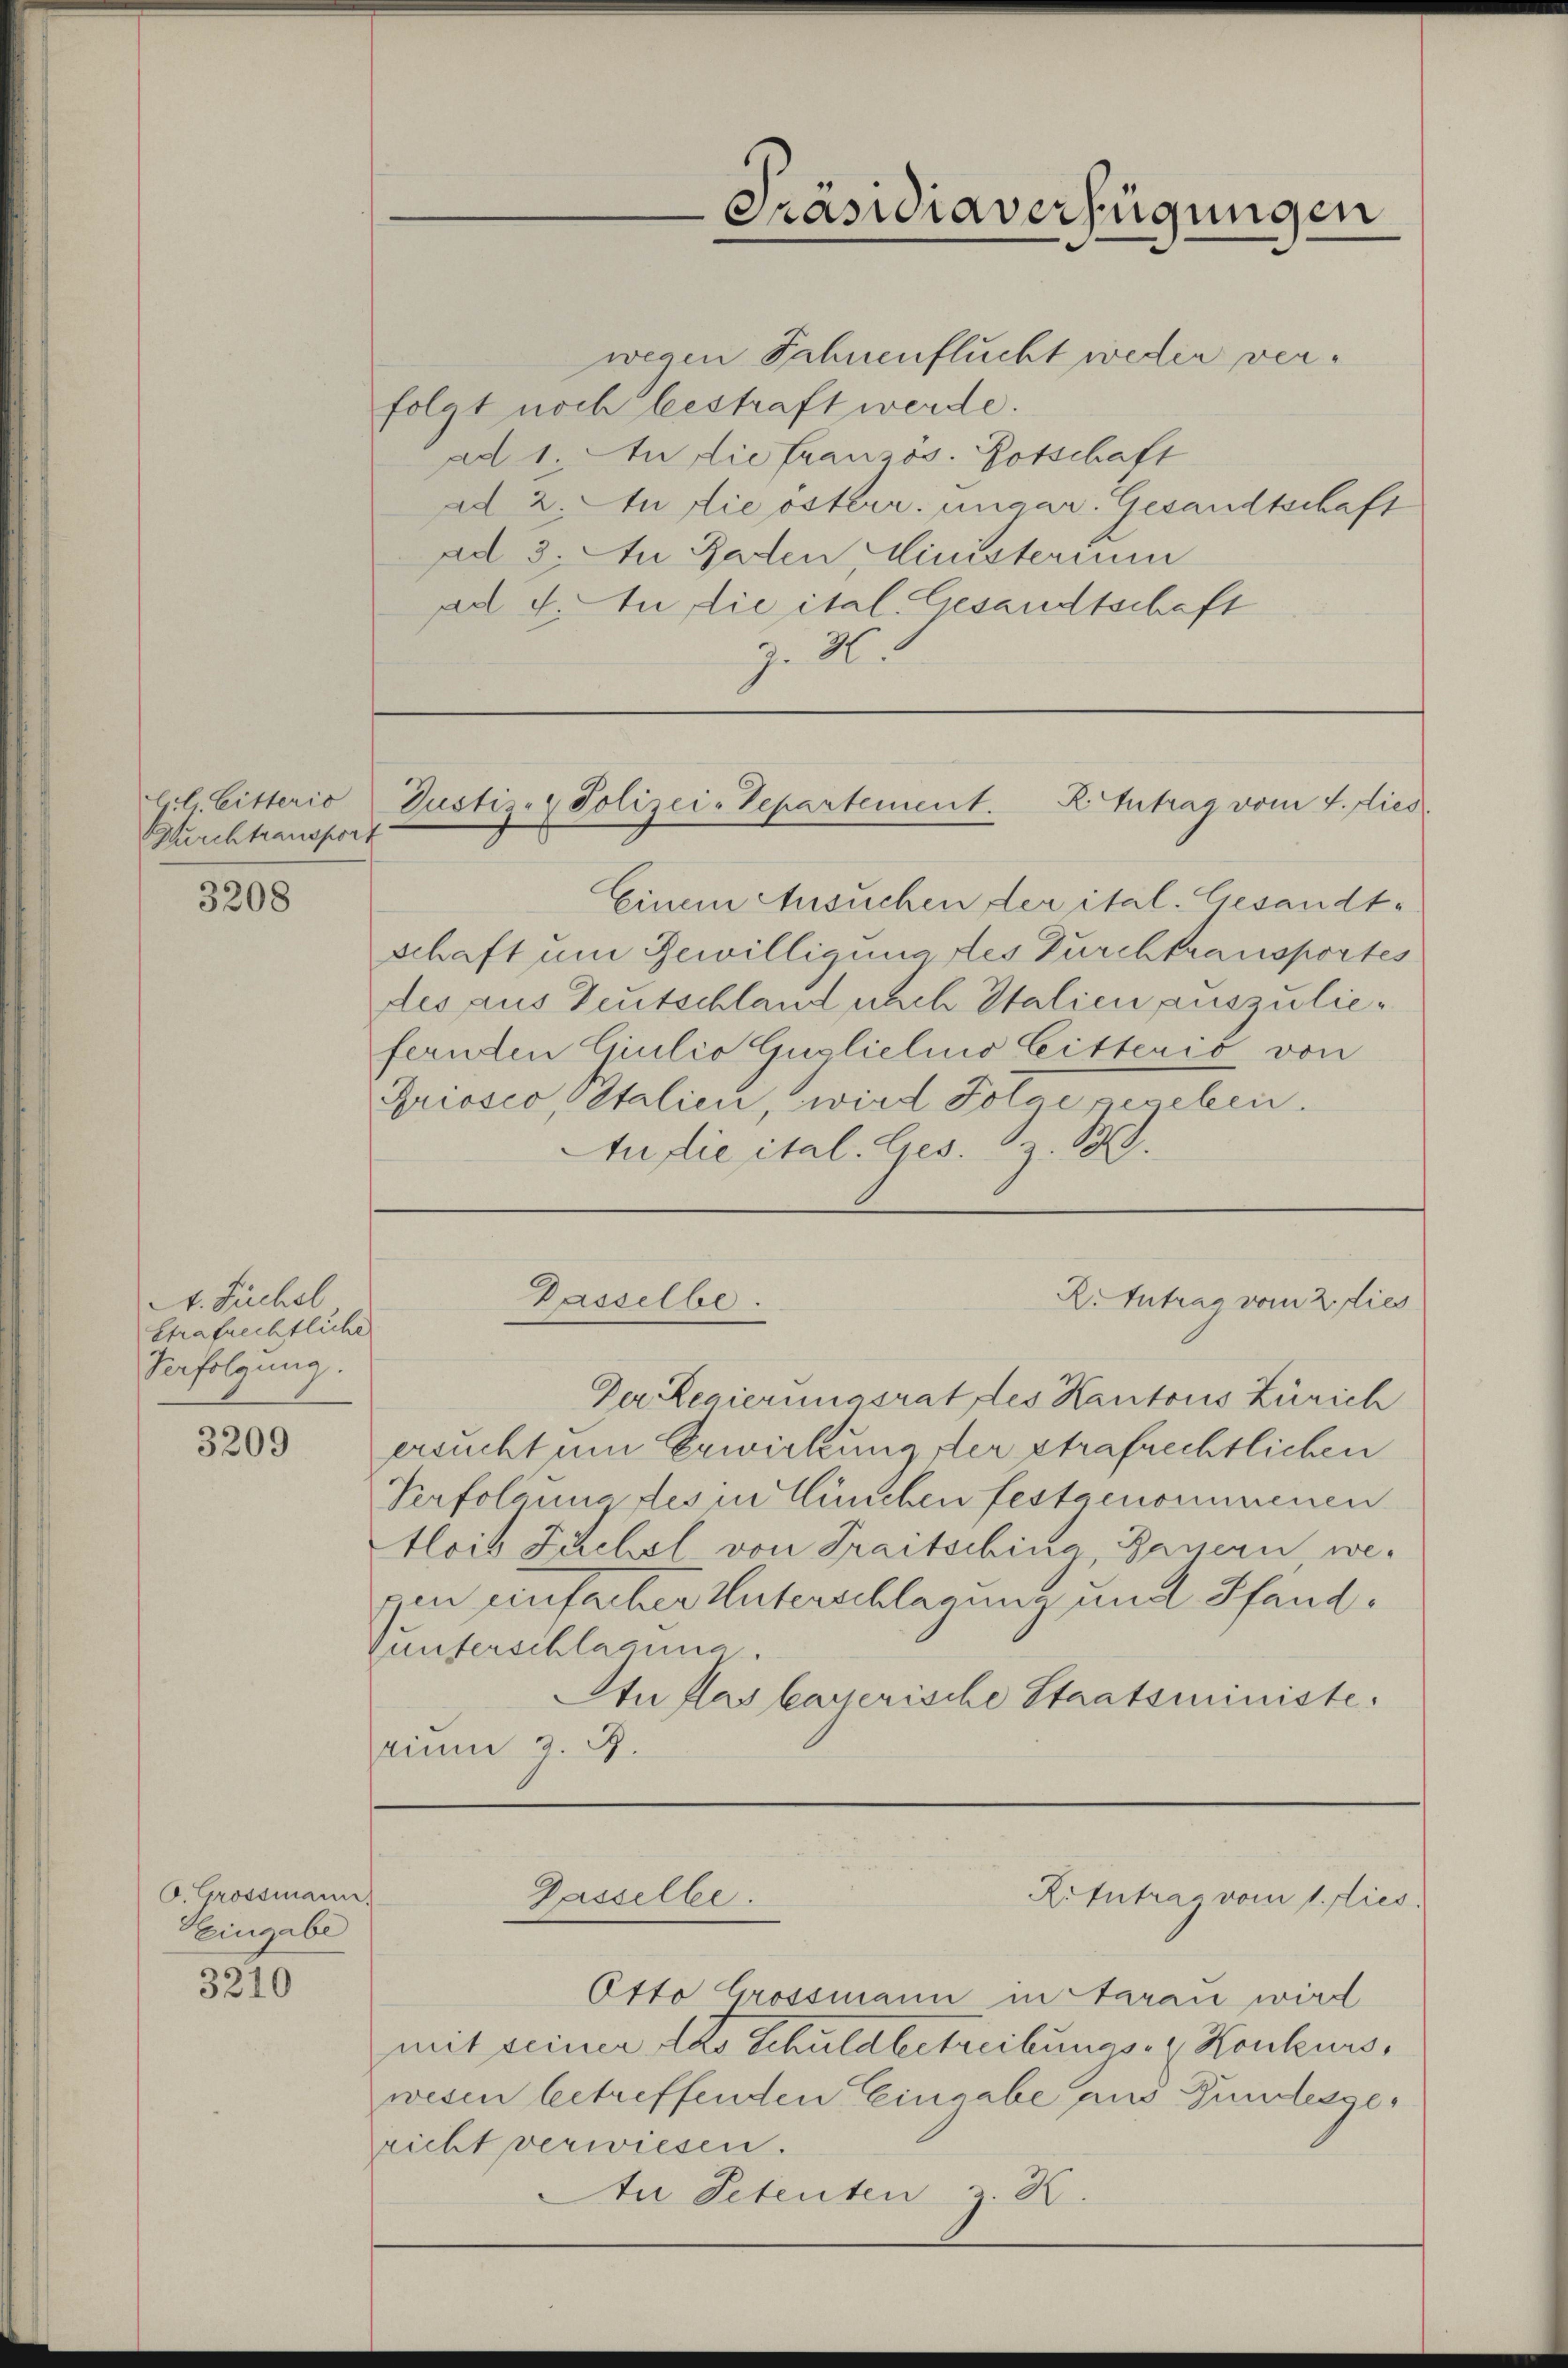
ll Litterio
Grchtransport

3208

A. Sichel
Strafrechtliche
Verfolgung.

3209

O. Grossmann.
Hingabe
3210

wegen Fahnenflucht weder verfolgt noch bestraft werde.
ad 1. An die französ. Botschaft
ad 2. An die österr. ungar. Gesandtschaft
ad 3. Au Baden Ministerium
ad 4. An die ital. Gesandtschaft
z. 4

Präsidiaverfügungen

Justiz- & Polizei-Separtement. R. Antrag vom 4. dies

Dasselbe.

Gasselbe.

R. Antrag vom 2. dies

RiIntrag vom 1. dies

Einem Ansuchen der ital. Gesandtschaft um Bewilligung des Durchtransportes
des aus Deutschland nach Italien auszuliefernden Giulio Guslielino Litterio von
Griosco, Italien, wird Folge gegeben.
Audie ital. Ges. S. 19.

Der Regierungsrat des Kantons Zürich
ersucht um Erwirkung der Strafrechtlichen
Verfolgung des in München festgenommenen
tlois Tuchel von Traitschina Bauern, wepen einfacher Unterschlagung und Pfand,
Vunterschlagung
An das kayserische Staatsministe.
tium z. B.

Otto Grossmann in darau wird
mit seiner das Schuldbetreibungs- & Konkurs,
wesen betreffenden Eingabe aus Bundesgericht verwiesen.
An Petenten z. B.